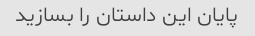
پایان این داستان را بسازید